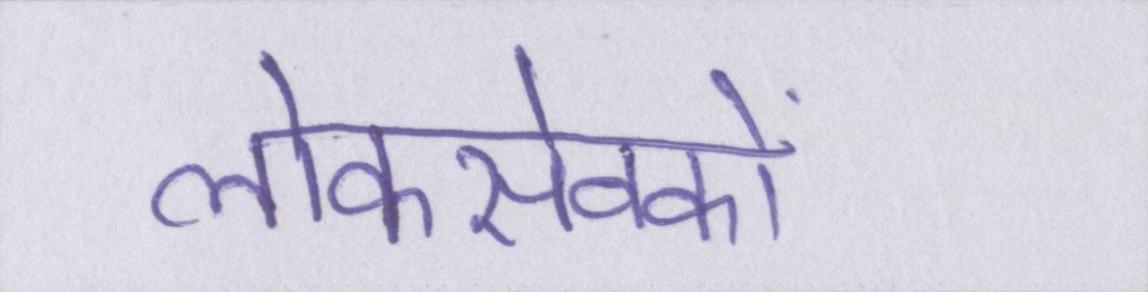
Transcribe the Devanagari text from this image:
लोकसेवकों